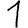
Digit: 1